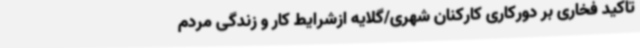
تاکید فخاری بر دورکاری کارکنان شهری/گلایه ازشرایط کار و زندگی مردم